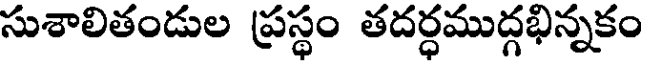
సుశాలితండుల ప్రస్థం తదర్ధముద్గభిన్నకం